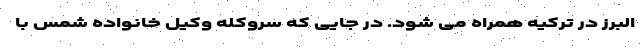
البرز در ترکیه همراه می شود. در جایی که سروکله وکیل خانواده شمس با